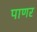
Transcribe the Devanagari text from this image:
पाणर